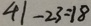
4 1 - 2 3 = 1 8